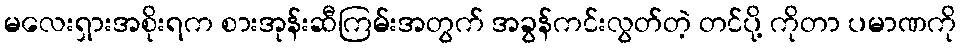
မလေးရှားအစိုးရက စားအုန်းဆီကြမ်းအတွက် အခွန်ကင်းလွတ်တဲ့ တင်ပို့ ကိုတာ ပမာဏကို